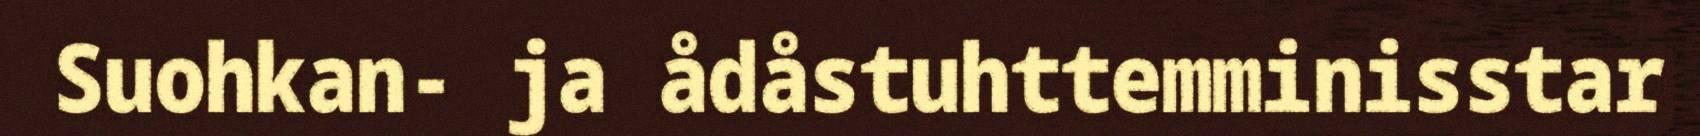
Suohkan- ja ådåstuhttemminisstar